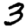
Digit: 3